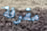
مقرفة